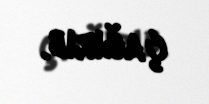
çağırıb.